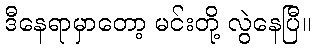
ဒီနေရာမှာတော့ မင်းတို့ လွဲနေပြီ။